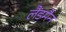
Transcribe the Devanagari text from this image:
लैंडमैन